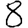
Digit: 8